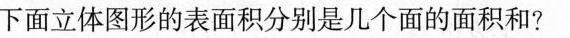
下面立体图形的表面积分别是几个面的面积和？